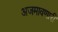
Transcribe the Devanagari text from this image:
अजमावणारी